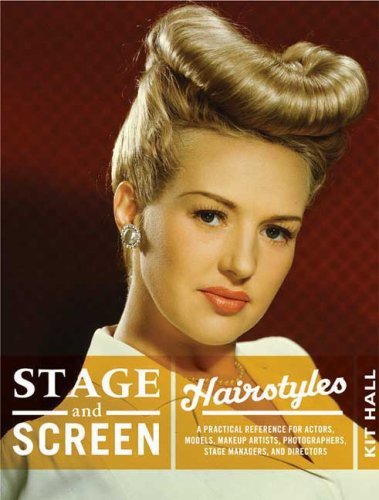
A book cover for Stage and Screen Hairstyles: A Practical Reference for Actors, Models, Makeup Artists, Photographers, Stage Managers, and Directors; Kit Hall; Arts & Photography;